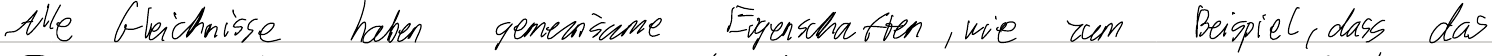
Alle Gleichnisse haben gemeinsame Eigenschaften, wie zum Beispiel, dass das